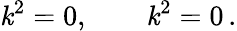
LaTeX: \mathit{k}^{2}=0,\qquad\mathit{k}^{2}=0\, .